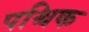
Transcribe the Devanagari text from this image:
पश्चिक